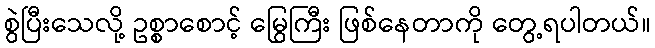
စွဲပြီးသေလို့ ဥစ္စာစောင့် မြွေကြီး ဖြစ်နေတာကို တွေ့ရပါတယ်။